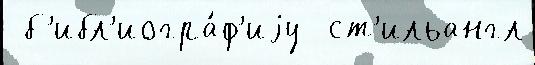
 б'ибл'иогра́ф'иjу  ст'ильангл